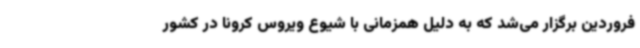
فروردین برگزار می‌شد که به دلیل همزمانی با شیوع ویروس کرونا در کشور